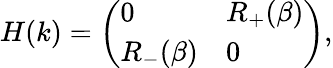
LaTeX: \begin{array}{r}{H(k)=\left(\begin{array}{ll}{0}&{R_{+}(\beta)}\\ {R_{-}(\beta)}&{0}\end{array}\right),}\end{array}